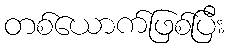
တစ်ယောက်ဖြစ်ပြီး